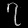
Digit: ၇